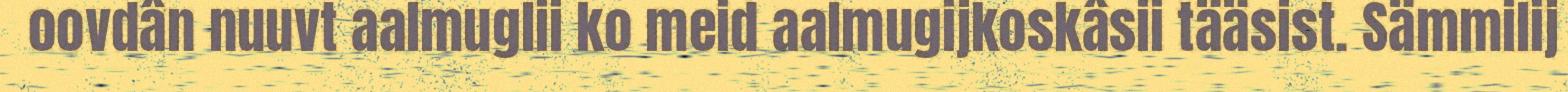
oovdân nuuvt aalmuglii ko meid aalmugijkoskâsii tääsist. Sämmilij